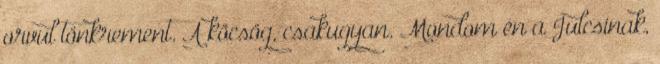
orvul tönkrement. A köcsög, csakugyan. Mondom én a Julcsinak,